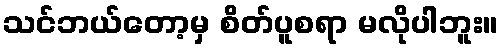
သင်ဘယ်တော့မှ စိတ်ပူစရာ မလိုပါဘူး။